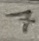
Text: 7